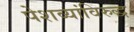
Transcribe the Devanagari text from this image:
पेशव्यांविरुद्ध